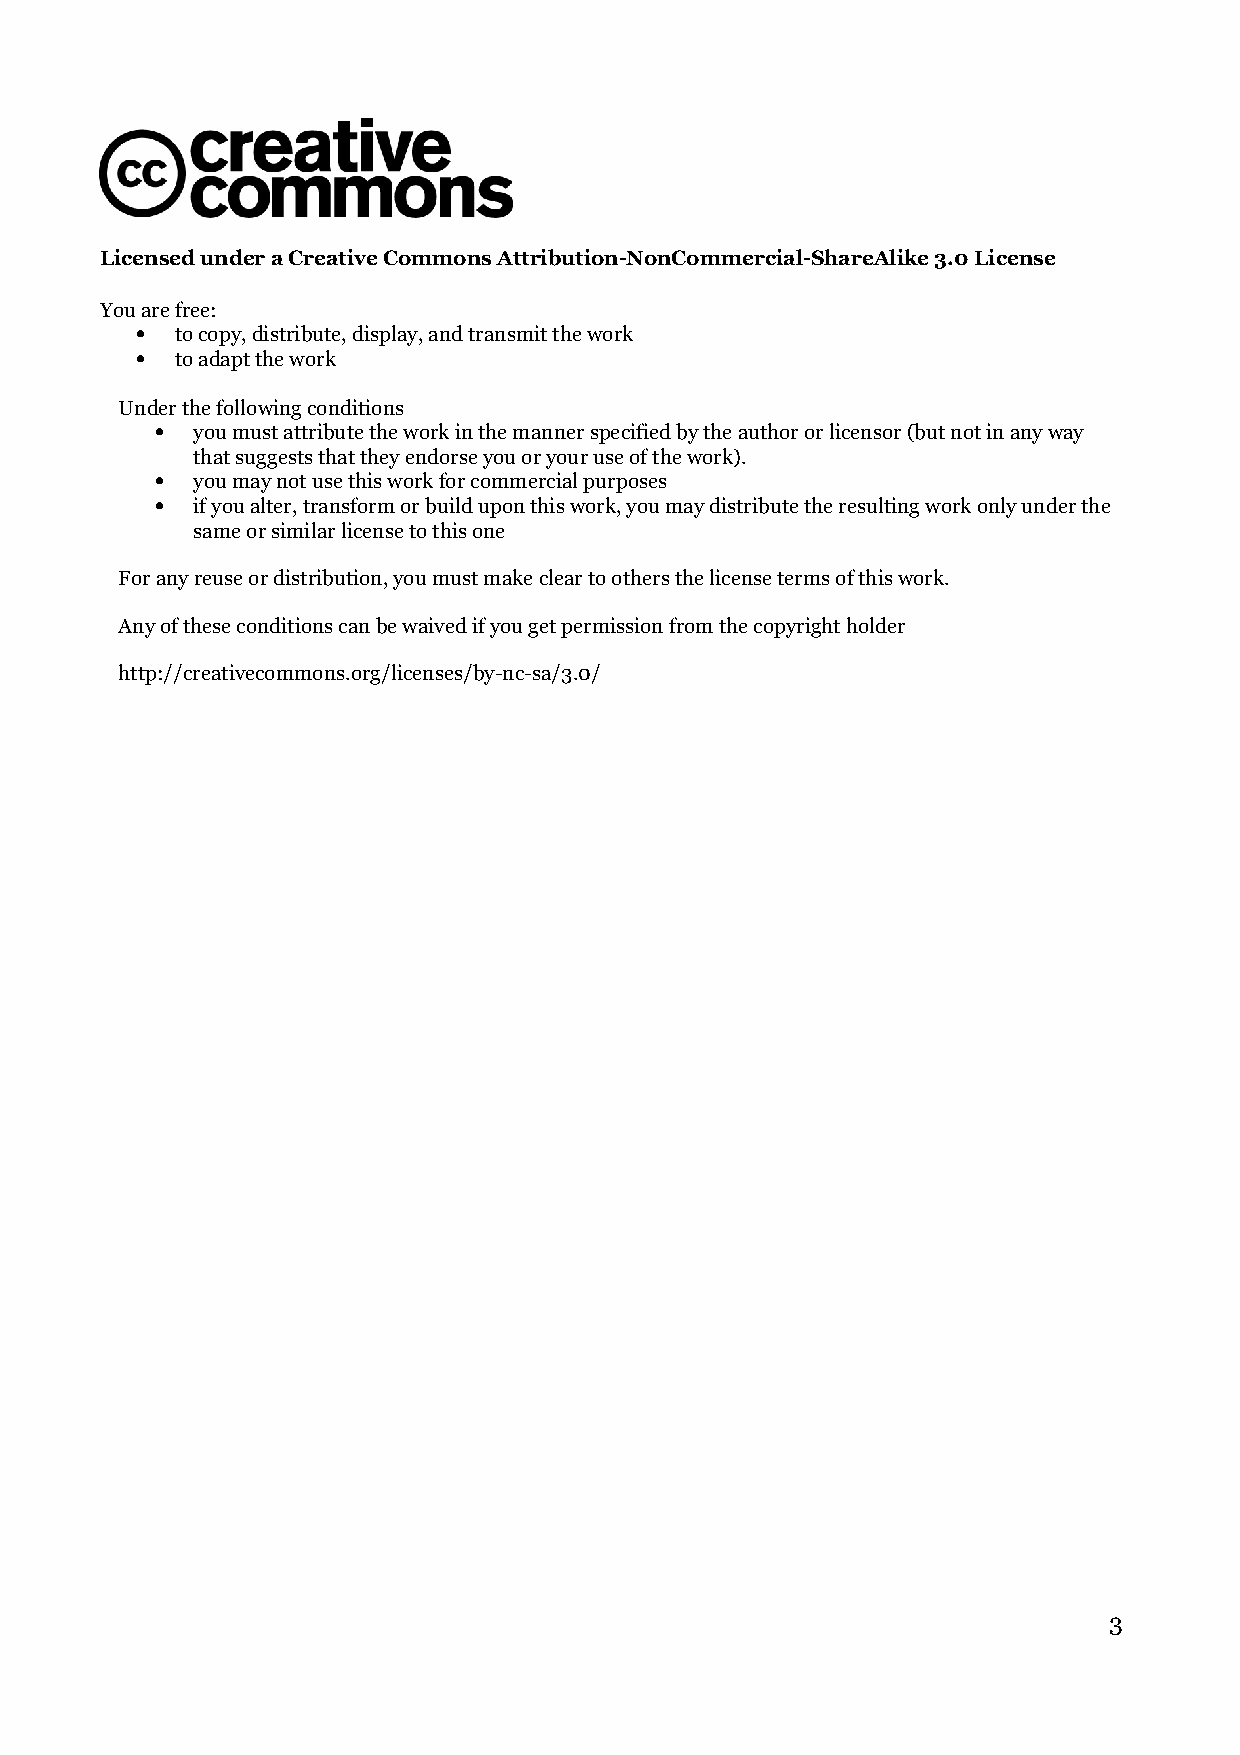
Licensed under a Creative Commons Attribution-NonCommercial-ShareAlike 3.0 License
 You are free:
   to copy, distribute, display, and transmit the work
   to adapt the work
 Under the following conditions
   you must attribute the work in the manner specified by the author or licensor (but not in any way
 that suggests that they endorse you or your use of the work).
   you may not use this work for commercial purposes
   if you alter, transform or build upon this work, you may distribute the resulting work only under the
 same or similar license to this one
 For any reuse or distribution, you must make clear to others the license terms of this work.
 Any of these conditions can be waived if you get permission from the copyright holder
 http://creativecommons.org/licenses/by-nc-sa/3.0/
 3